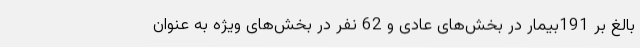
بالغ بر 191بیمار در بخش‌های عادی و 62 نفر در بخش‌های ویژه به عنوان